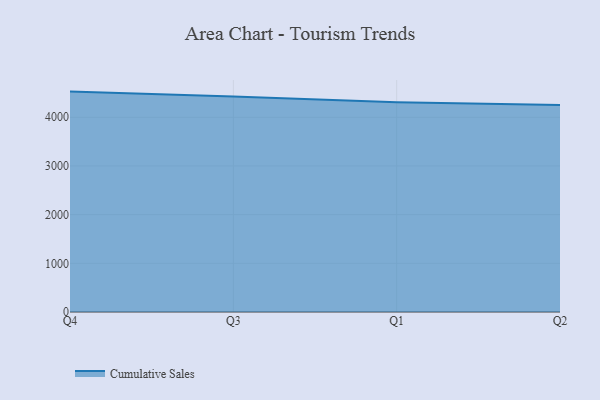
{"axis": {"x": "Quarter", "y": "Headcount"}, "legend": ["Cumulative Sales"], "data": [{"x": "Q4", "y": 4527.2, "type": "Cumulative Sales"}, {"x": "Q3", "y": 4429.0, "type": "Cumulative Sales"}, {"x": "Q1", "y": 4309.9, "type": "Cumulative Sales"}, {"x": "Q2", "y": 4251.0, "type": "Cumulative Sales"}]}